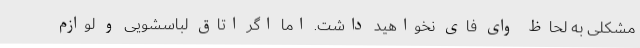
مشکلی به لحاظ وای فای نخواهید داشت. اما اگر اتاق لباسشویی و لوازم